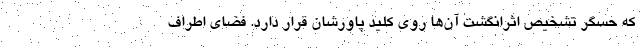
که حسگر تشخیص اثرانگشت آن‌ها روی کلید پاورشان قرار دارد. فضای اطراف